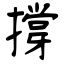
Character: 撐